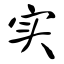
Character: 实